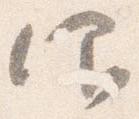
仰